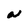
Character: w